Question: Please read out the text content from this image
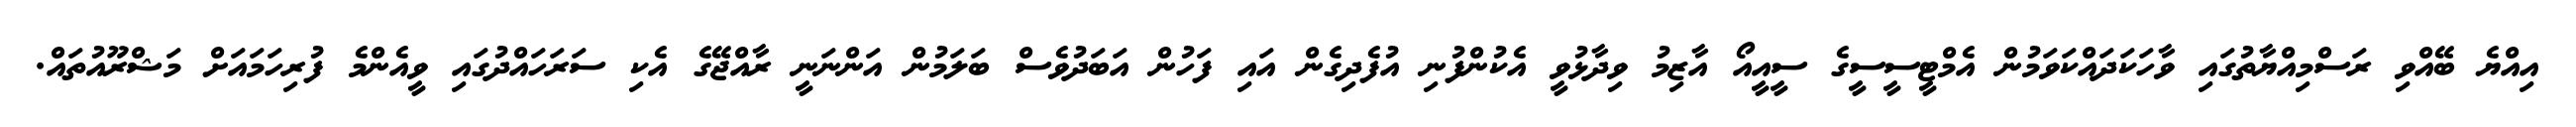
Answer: އިއްޔެ ބޭއްވި ރަސްމިއްޔާތުގައި ވާހަކަދައްކަވަމުން އެމްޓީސީސީގެ ސީއީއޯ އާޒިމު ވިދާޅުވީ އެކުންފުނި އުފެދިގެން އައި ފަހުން އަބަދުވެސް ބަލަމުން އަންނަނީ ރާއްޖޭގެ އެކި ސަރަހައްދުގައި ވީއެންމެ ފުރިހަމައަށް މަޝްރޫއުތައް.